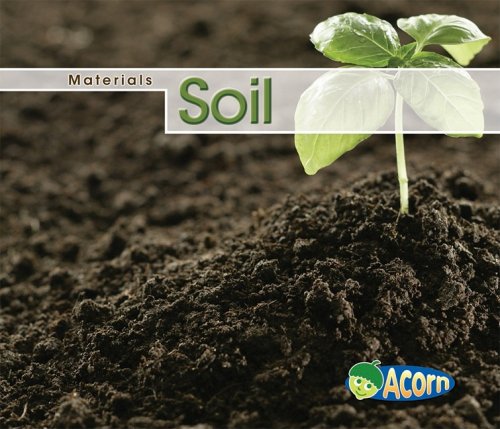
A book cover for Soil (Materials); Cassie Mayer; Children's Books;